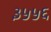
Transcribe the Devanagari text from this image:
३५५६